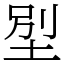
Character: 𡋾